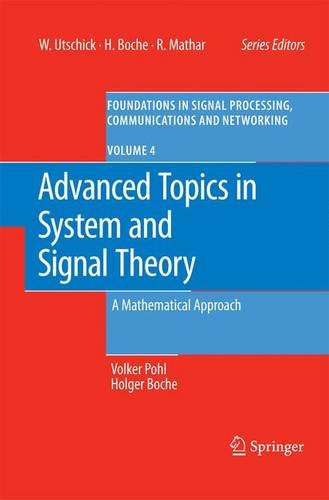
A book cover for Advanced Topics in System and Signal Theory: A Mathematical Approach (Foundations in Signal Processing, Communications and Networking); Volker Pohl; Computers & Technology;